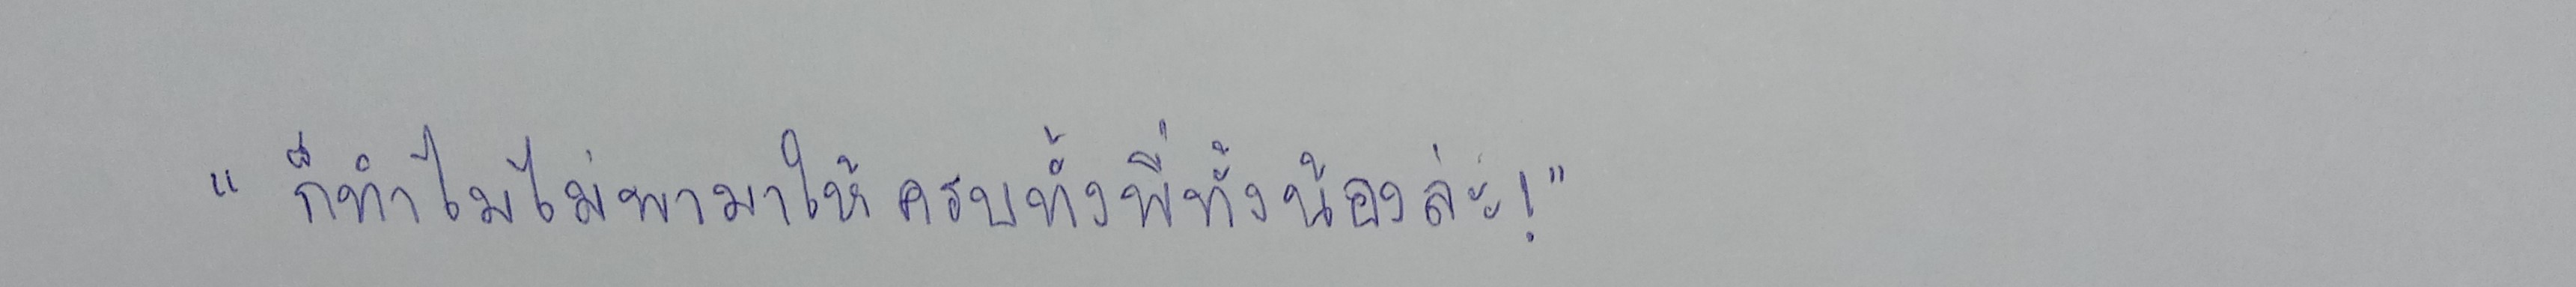
"ก็ทำไมไม่พามาให้ครบทั้งพี่ทั้งน้องล่ะ!"